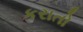
કરાતો